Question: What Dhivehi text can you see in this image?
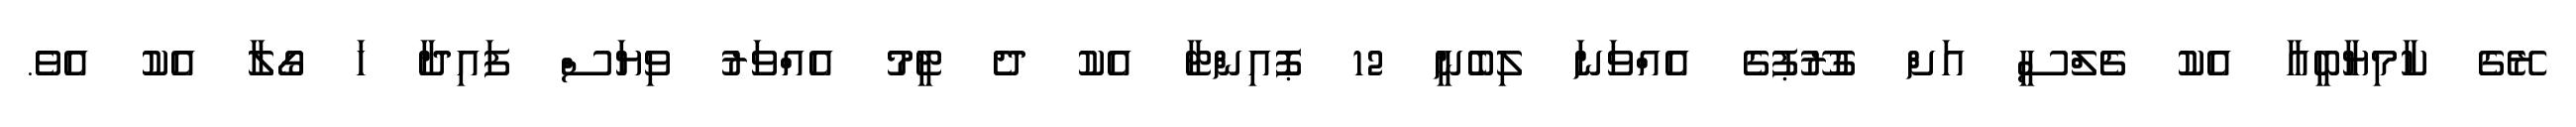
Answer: ރޭގެ ކާމިޔާބީއާ އެކު ޗެލްސީ އަށް ގުރޫޕުގެ އެއްވަނަ ލިބެނީ 12 ޕޮއިންޓާ އެކު ދެ ޓީމު އެއްވަރު ވިޔަސް ފައިދާ ހަ ގޯލާ އެކު އެވެ.